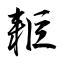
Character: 耟